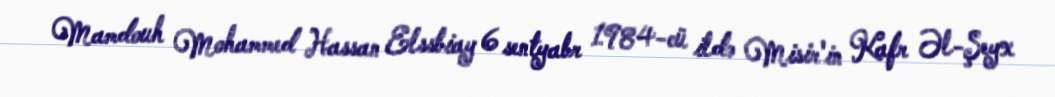
Mamdouh Mohammed Hassan Elssbiay 6 sentyabr 1984-cü ildə Misir'in Kafr Əl-Şeyx